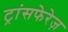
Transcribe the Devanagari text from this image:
ट्रांसफेरेज़